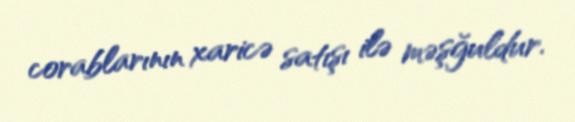
corablarının xaricə satışı ilə məşğuldur.